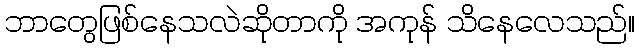
ဘာတွေဖြစ်နေသလဲဆိုတာကို အကုန် သိနေလေသည်။